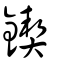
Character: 鍥